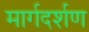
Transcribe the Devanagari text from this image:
मार्गदर्शण